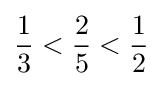
{\frac {1}{3}}<{\frac {2}{5}}<{\frac {1}{2}}